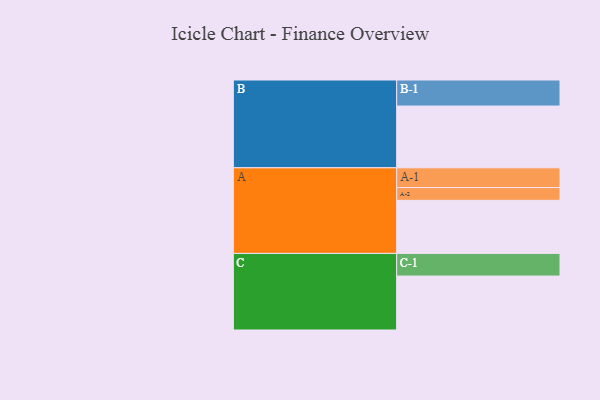
{"axis": {"x": "Segment", "y": "Value"}, "legend": ["", "A", "B", "C"], "data": [{"x": "A", "y": 312, "type": ""}, {"x": "B", "y": 363, "type": ""}, {"x": "C", "y": 317, "type": ""}, {"x": "A-1", "y": 116, "type": "A"}, {"x": "A-2", "y": 75, "type": "A"}, {"x": "B-1", "y": 153, "type": "B"}, {"x": "C-1", "y": 133, "type": "C"}]}